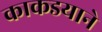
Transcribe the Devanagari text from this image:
काकडयाने